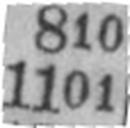
1101